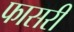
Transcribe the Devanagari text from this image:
फासरी